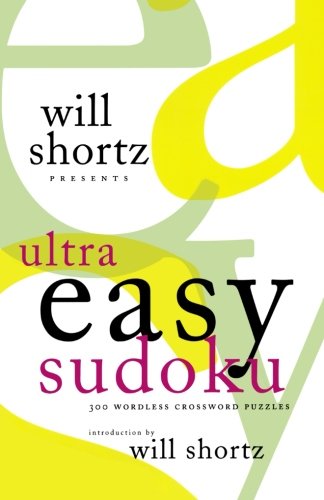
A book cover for Will Shortz Presents Ultra Easy Sudoku: 300 Wordless Crossword Puzzles; Humor & Entertainment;